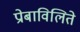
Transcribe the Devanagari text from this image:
प्रोबाविलिते